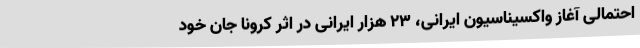
احتمالی آغاز واکسیناسیون ایرانی، ۲۳ هزار ایرانی در اثر کرونا جان خود